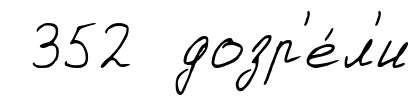
352 дозр'е́л'и